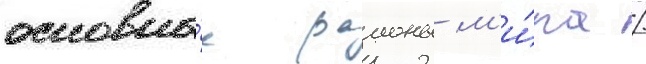
основны́е раионы м'и́ра /